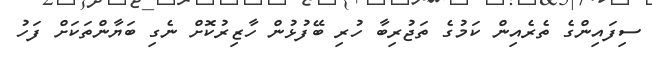
ސިފައިންގެ ތެރެއިން ކަމުގެ ތަޖުރިބާ ހުރި ބޭފުޅުން ހާޒިރުކޮށް ނެގި ބަޔާންތަކަށް ފަހު